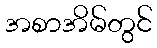
အစာအိမ်တွင်